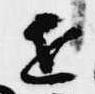
近